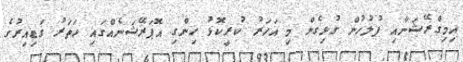
އިމިގްރޭޝަނާއި ފުލުހުން ގުޅިގެން މި އަހަރު ކުރީކޮޅު ހިންގި އޮޕަރޭޝަނެއްގައި ހަތަރު ގަޑިއިރުގެ